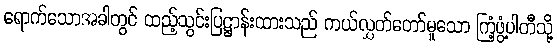
ရောက်သောအခါတွင် ထည့်သွင်းပြဋ္ဌာန်းထားသည် ကယ်လွှတ်တော်မူသော ကြံ့ဖွံ့ပါတီသို့